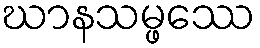
ဃာနသမ္ဖဿေ